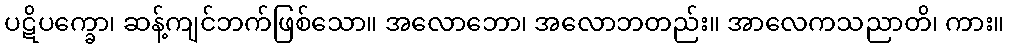
ပဋိပက္ခော၊ ဆန့်ကျင်ဘက်ဖြစ်သော။ အလောဘော၊ အလောဘတည်း။ အာလေကသညာတိ၊ ကား။